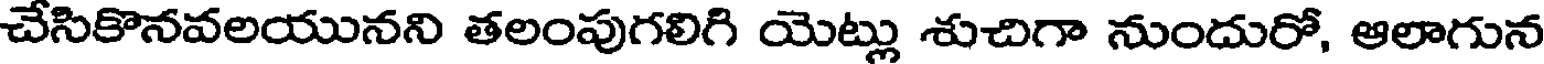
చేసికొనవలయునని తలంపుగలిగి యెట్లు శుచిగా నుందురో, ఆలాగున